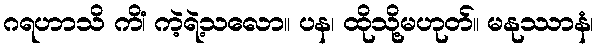
ဂရဟာသိ ကိံ၊ ကဲ့ရဲ့သလော။ ပန၊ ထိုသို့မဟုတ်။ မနုဿာနံ၊